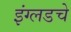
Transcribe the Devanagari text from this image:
इंग्लडचे